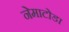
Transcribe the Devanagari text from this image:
नेमाटोडा